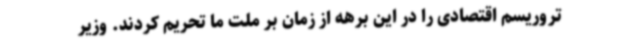
تروریسم اقتصادی را در این برهه از زمان بر ملت ما تحریم کردند. وزیر